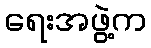
ရေးအဖွဲ့က